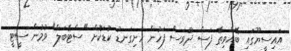
އައިސީޔޫގައި ބޭއްވިތާ ފަސް ދުވަސް ފަހުން ހަށިގަނޑު ކުޑަކޮށް "ސްޓޭބަލް" ވުމުން ސީޓީ